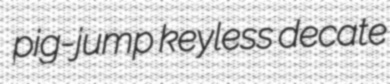
pig-jump keyless decate